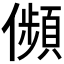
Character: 𠐺